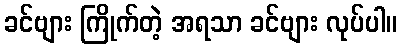
ခင်ဗျား ကြိုက်တဲ့ အရသာ ခင်ဗျား လုပ်ပါ။